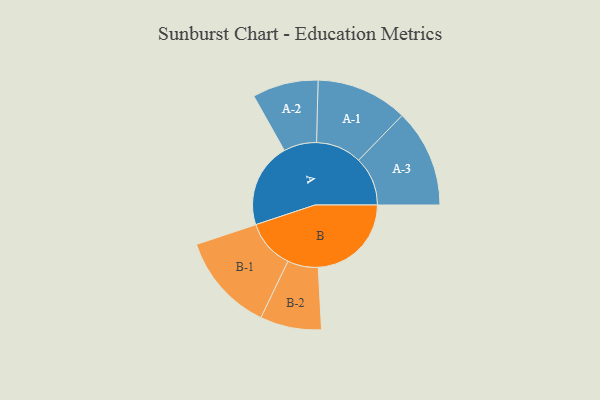
{"axis": {"x": "Segment", "y": "Value"}, "legend": ["", "A", "B"], "data": [{"x": "A", "y": 447, "type": ""}, {"x": "B", "y": 492, "type": ""}, {"x": "A-1", "y": 242, "type": "A"}, {"x": "A-2", "y": 174, "type": "A"}, {"x": "A-3", "y": 259, "type": "A"}, {"x": "B-1", "y": 260, "type": "B"}, {"x": "B-2", "y": 162, "type": "B"}]}